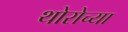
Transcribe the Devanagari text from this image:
थोरोच्या